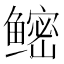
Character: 鿹